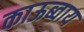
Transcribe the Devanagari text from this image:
काऊब्वाय